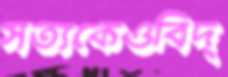
সত্যকেওবিদ্